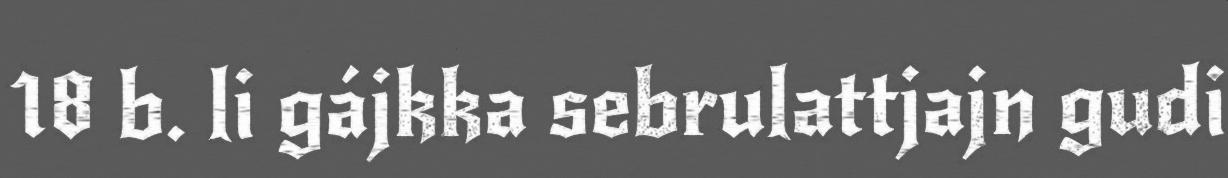
18 b. li gájkka sebrulattjajn gudi